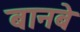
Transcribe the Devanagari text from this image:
बानबे